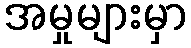
အမှုများမှာ